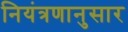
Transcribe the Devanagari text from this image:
नियंत्रणानुसार